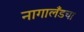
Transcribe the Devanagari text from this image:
नागालँडचा